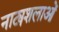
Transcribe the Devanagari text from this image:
नाट्यशलाओं